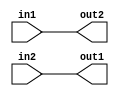
module TSK_NR_ASGV (in1, in2, out1, out2);
   input in1;
   input in2;
   output out1;
   output out2;
   reg out1;
   reg g1;
   task task1;
      output o1;
      input in1;
      input in2;
      begin g1 = in1;
         o1 = in2;
      end
   endtask
   always @(in1 or in2) task1 (out1, in1, in2);
   assign out2 = g1;
endmodule